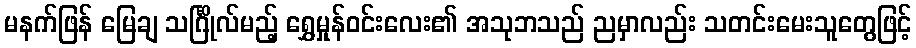
မနက်ဖြန် မြေချ သင်္ဂြိုလ်မည့် ရွှေမှုန်ဝင်းလေး၏ အသုဘသည် ညမှာလည်း သတင်းမေးသူတွေဖြင့်